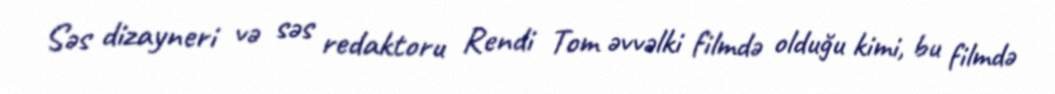
Səs dizayneri və səs redaktoru Rendi Tom əvvəlki filmdə olduğu kimi, bu filmdə